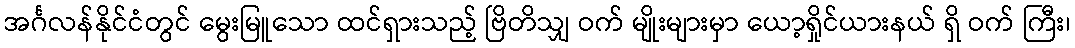
အင်္ဂလန်နိုင်ငံတွင် မွေးမြူသော ထင်ရှားသည့် ဗြိတိသျှ ဝက် မျိုးများမှာ ယော့ရှိုင်ယားနယ် ရှိ ဝက် ကြီး၊